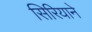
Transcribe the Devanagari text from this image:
सिरियाने